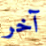
آخر